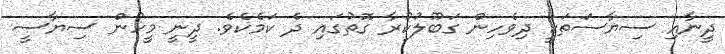
ދީނާއި ސިޔާސަތަކީ ދިވެހިން ގަބޫލުކުރާ ގޮތުގައި ދެ ކަމެކެވެ. ދީނީ މީހުން ސިޔާސީ